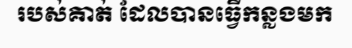
របស់គាត់ ដែលបានធ្វើកន្លងមក